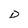
Character: D